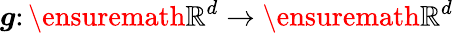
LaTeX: \boldsymbol{g}\colon\ensuremath{\mathbb{R}}^{d}\to\ensuremath{\mathbb{R}}^{d}